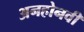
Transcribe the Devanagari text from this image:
अनहोनवी